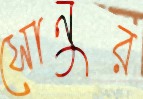
সোনুর